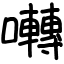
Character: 囀